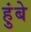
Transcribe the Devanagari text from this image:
हुंबे